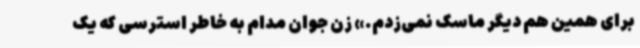
برای همین هم دیگر ماسک نمی‌زدم.» زن جوان مدام به‌ خاطر استرسی که یک